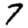
Digit: 7